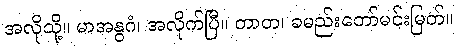
အလိုသို့။ မာအနွဂံ၊ အလိုက်ပြီ။ တာတ၊ ခမည်းတော်မင်းမြတ်။